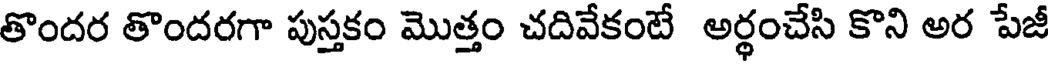
తొందర తొందరగా పుస్తకం మొత్తం చదివేకంటే అర్థంచేసి కొని అర పేజీ